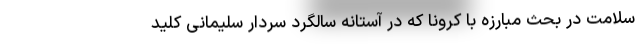
سلامت در بحث مبارزه با کرونا که در آستانه سالگرد سردار سلیمانی کلید